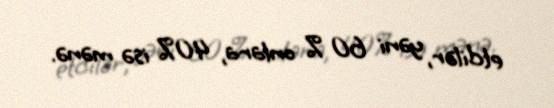
etdilər, yəni 60 % onlara, 40% isə mənə.